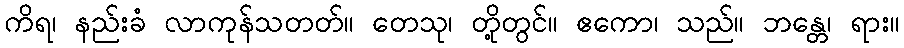
ကိရ၊ နည်းခံ လာကုန်သတတ်။ တေသု၊ တို့တွင်။ ဧကော၊ သည်။ ဘန္တေ၊ ရား။